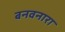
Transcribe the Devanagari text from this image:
बनवनारा